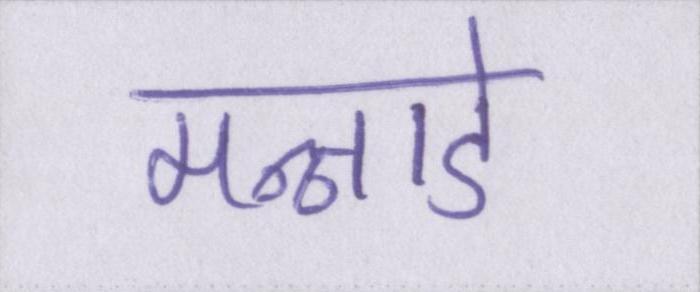
मन्नाडे